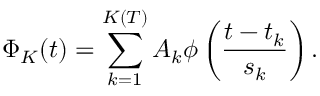
\Phi _ { K } ( t ) = \sum _ { k = 1 } ^ { K ( T ) } A _ { k } \phi \left( \frac { t - t _ { k } } { \ensuremath { s } _ { k } } \right) .